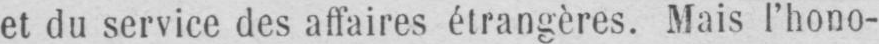
et du service des affaires étrangères. Mais l’hono-